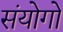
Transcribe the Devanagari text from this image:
संयोगो